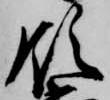
領